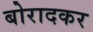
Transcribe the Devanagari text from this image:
बोरादकर